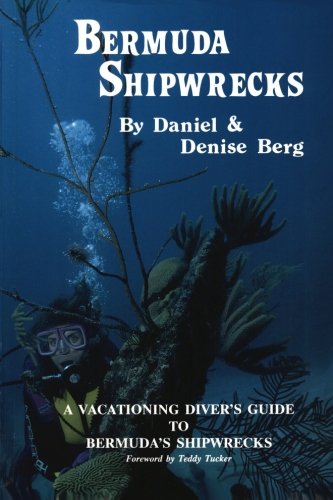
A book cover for Bermuda Shipwrecks: A Vacationing Diver's Guide To Bermuda's Shipwrecks; Daniel Berg; Travel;